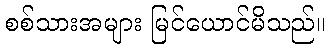
စစ်သားအများ မြင်ယောင်မိသည်။